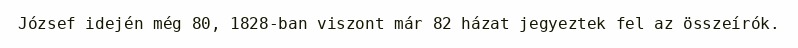
József idején még 80, 1828-ban viszont már 82 házat jegyeztek fel az összeírók.